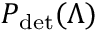
P _ { \mathrm { d e t } } ( \Lambda )